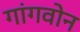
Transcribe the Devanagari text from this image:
गांगवोन